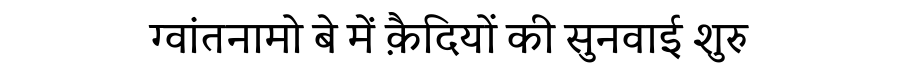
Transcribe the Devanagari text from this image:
ग्वांतनामो बे में क़ैदियों की सुनवाई शुरु